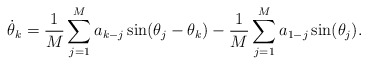
\begin{align*}\dot\theta_k = \frac 1M \sum_{j=1}^M a_{k-j} \sin(\theta_j-\theta_k)-\frac 1M \sum_{j=1}^M a_{1-j} \sin(\theta_j).\end{align*}